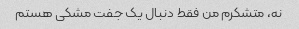
نه، متشکرم من فقط دنبال یک جفت مشکی هستم